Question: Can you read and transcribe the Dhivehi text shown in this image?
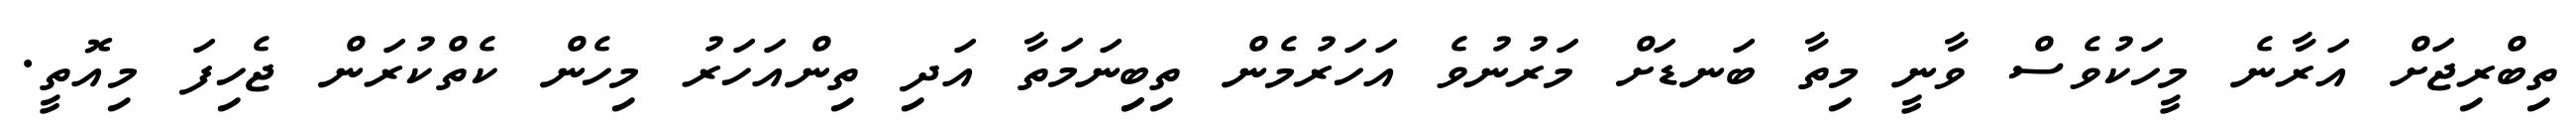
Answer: ތިބްރިޖަށް އަރާނެ މީހަކުވެސް ވާނީ މިތާ ބަނޑަށް މަރުނުވެ އަހަރުމެން ތިބިިނަމަތާ އަދި ތިންއަހަރު މިހެން ކެތްކުރަން ޖެހިފަ މިއޮތީ.